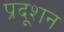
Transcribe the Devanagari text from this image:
प्रदूशन